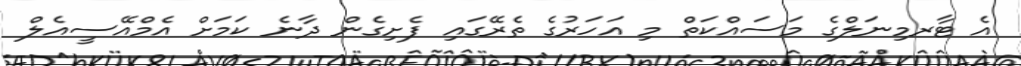
އެ ޓާރމިނަލްގެ މަސައްކަތް މި އަހަރުގެ ތެރޭގައި ފެށިގެން ދާނެ ކަމަށް އެމްއޭސީއެލް